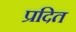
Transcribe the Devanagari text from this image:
प्रदित